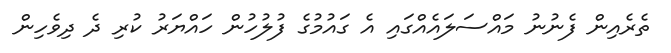
ތެރެއިން ފެނުނު މައްސަލައެއްގައި އެ ގައުމުގެ ފުލުހުން ހައްޔަރު ކުރި ދެ ދިވެހިން